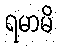
ရမာမိ